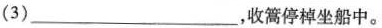
(3)___，收篙停棹坐船中。